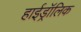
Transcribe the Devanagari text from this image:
हाईड्रॉलिक